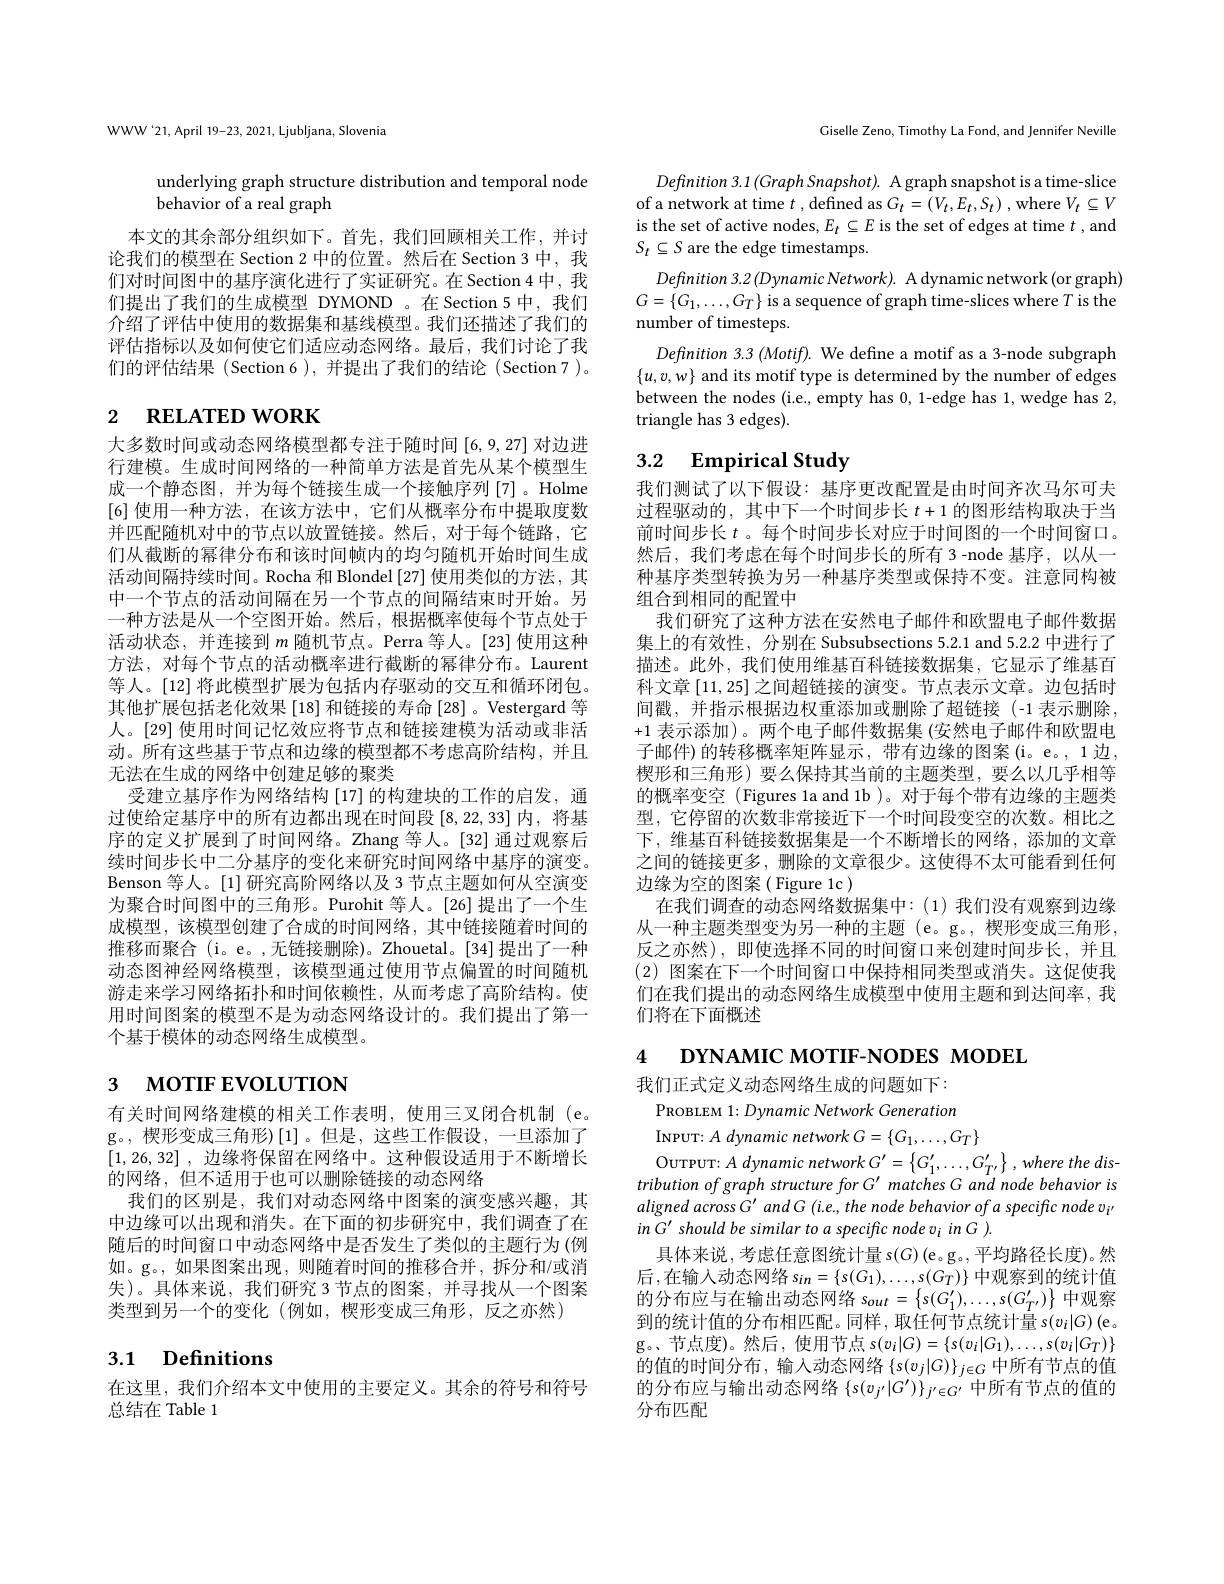
WWW '21, April 19-23, 2021, Ljubljana, Slovenia

underlying graph structure distribution and temporal node
behavior of a real graph

本文的其余部分组织如下。首先，我们回顾相关工作，并讨论我们的模型在 Section 2 中的位置。然后在 Section 3 中，我们对时间图中的基序演化进行了实证研究。在 Section 4 中，我们提出了我们的生成模型 DYMOND 。在 Section 5 中，我们介绍了评估中使用的数据集和基线模型。我们还描述了我们的评估指标以及如何使它们适应动态网络。最后，我们讨论了我们的评估结果(Section6),并提出了我们的结论(Section7)。

# 2 $\textbf{RELATED WORK}$

大多数时间或动态网络模型都专注于随时间[6,9,27]对边进行建模。生成时间网络的一种简单方法是首先从某个模型生成一个静态图，并为每个链接生成一个接触序列[7]。Holme [6]使用一种方法，在该方法中，它们从概率分布中提取度数并匹配随机对中的节点以放置链接。然后，对于每个链路，它们从截断的幂律分布和该时间帧内的均匀随机开始时间生成活动间隔持续时间。Rocha 和 Blondel [27] 使用类似的方法，其中一个节点的活动间隔在另一个节点的间隔结束时开始。另一种方法是从一个空图开始。然后，根据概率使每个节点处于活动状态，并连接到$m$随机节点。Perra 等人。[23]使用这种方法，对每个节点的活动概率进行截断的幂律分布。Laurent 等人。[12] 将此模型扩展为包括内存驱动的交互和循环闭包。其他扩展包括老化效果[18] 和链接的寿命[28] 。Vestergard 等人。[29] 使用时间记忆效应将节点和链接建模为活动或非活动。所有这些基于节点和边缘的模型都不考虑高阶结构，并且无法在生成的网络中创建足够的聚类
受建立基序作为网络结构 [17] 的构建块的工作的启发，通过使给定基序中的所有边都出现在时间段[8,22,33]内，将基序的定义扩展到了时间网络。Zhang 等人。[32] 通过观察后续时间步长中二分基序的变化来研究时间网络中基序的演变。Benson 等人。[1] 研究高阶网络以及 3 节点主题如何从空演变为聚合时间图中的三角形。Purohit 等人。[26] 提出了一个生成模型，该模型创建了合成的时间网络，其中链接随着时间的推移而聚合 (i。e。,无链接删除)。Zhouetal。[34]提出了一种动态图神经网络模型，该模型通过使用节点偏置的时间随机游走来学习网络拓扑和时间依赖性，从而考虑了高阶结构。使用时间图案的模型不是为动态网络设计的。我们提出了第一个基于模体的动态网络生成模型。

# 3 мотIF EVOLUTION

有关时间网络建模的相关工作表明，使用三叉闭合机制(e。g。,楔形变成三角形)$\left[1\right]$。但是，这些工作假设，一旦添加了[1,26,32] ,边缘将保留在网络中。这种假设适用于不断增长的网络，但不适用于也可以删除链接的动态网络
我们的区别是，我们对动态网络中图案的演变感兴趣，其中边缘可以出现和消失。在下面的初步研究中，我们调查了在随后的时间窗口中动态网络中是否发生了类似的主题行为(例如。g。,如果图案出现，则随着时间的推移合并，拆分和/或消失)。具体来说，我们研究 3 节点的图案，并寻找从一个图案类型到另一个的变化(例如，楔形变成三角形，反之亦然)

# 3.1 Definitions

在这里，我们介绍本文中使用的主要定义。其余的符号和符号
总结在 Table 1

Giselle Zeno, Timothy La Fond, and Jennifer Neville

Definition 3.1$( Graph\textit{Snapshot}) .$ A graph snapshot is a time-slice of a network at time $t$ , defined as $G_t=(V_t,E_t,S_t)$ , where $V_t\subseteq V$ is the set of active nodes, $E_t\subseteq E$ is the set of edges at time $t$, and $S_t\subseteq S$ are the edge timestamps.
Definition 3.2 (Dynamic Network). A dynamic network (or graph) $G=\{G_{1},\ldots,G_{T}\}$ is a sequence of graph time-slices where $T$ is the number of timesteps.
Definition 3.3 (Motif). We define a motif as a 3-node subgraph $\{u,v,w\}$ and its motif type is determined by the number of edges between the nodes (i.e., empty has 0, 1-edge has 1, wedge has 2, triangle has 3 edges).

# 3.2 Empirical Study

我们测试了以下假设：基序更改配置是由时间齐次马尔可夫过程驱动的，其中下一个时间步长$t+1$的图形结构取决于当前时间步长$t$ 。每个时间步长对应于时间图的一个时间窗口。然后，我们考虑在每个时间步长的所有 3 -node 基序，以从一种基序类型转换为另一种基序类型或保持不变。注意同构被组合到相同的配置中
我们研究了这种方法在安然电子邮件和欧盟电子邮件数据集上的有效性，分别在 Subsubsections 5.2.1 and 5.2.2 中进行了描述。此外，我们使用维基百科链接数据集，它显示了维基百科文章[11,25]之间超链接的演变。节点表示文章。边包括时间戳，并指示根据边权重添加或删除了超链接(-1 表示删除， +1表示添加)。两个电子邮件数据集 (安然电子邮件和欧盟电子邮件)的转移概率矩阵显示，带有边缘的图案(i。e。,1边， 楔形和三角形)要么保持其当前的主题类型，要么以几乎相等的概率变空 (Figures 1a and 1b )。对于每个带有边缘的主题类型，它停留的次数非常接近下一个时间段变空的次数。相比之下，维基百科链接数据集是一个不断增长的网络，添加的文章之间的链接更多，删除的文章很少。这使得不太可能看到任何边缘为空的图案( Figure 1c )
在我们调查的动态网络数据集中：(1)我们没有观察到边缘从一种主题类型变为另一种的主题(e。g。,楔形变成三角形， 反之亦然),即使选择不同的时间窗口来创建时间步长，并且(2)图案在下一个时间窗口中保持相同类型或消失。这促使我们在我们提出的动态网络生成模型中使用主题和到达间率，我们将在下面概述

4 DYNAMIC MOTIF-NODES MODEL

我们正式定义动态网络生成的问题如下：

PROBLEM 1: Dynamic Network Generation
Ourpur: A dynamic network $G^{\prime }$= $\left \{ G_{1}^{\prime }, \ldots , G_{T^{\prime }}^{\prime }\right \}$, where the dis- tribution of graph structure for G' matches G and node behavior is aligned across G' and G (i.e., the node behavior of a specific node vi' in G' should be similar to a specific node vin G ).
具体来说，考虑任意图统计量 s$(G)\left(\mathrm{e}_{\mathrm{o}}\mathrm{g}_{\mathrm{o}},\text{平均路径长度)。然}\right)$ 后，在输入动态网络$s_in=\{s(G_1),\ldots,s(G_T)\}$中观察到的统计值的分布应与在输出动态网络$s_out=\left\{s(G_{1}^{\prime}),\ldots,s(G_{T^{\prime}}^{\prime})\right\}$中观察到的统计值的分布相匹配。同样，取任何节点统计量$s(v_i|G)$(e。g。、节点度)。然后，使用节点$s(v_i|G)=\{s(v_i|G_1),\ldots,s(v_i|G_T)\}$ 的值的时间分布，输入动态网络$\{s(v_j|G)\}_{j\in G}$中所有节点的值的分布应与输出动态网络$\{s(v_{j^{\prime}}|G^{\prime})\}_{j^{\prime}\in G^{\prime}}$中所有节点的值的分布匹配